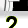
Digit: 2